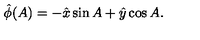
\hat { \phi } ( A ) = - \hat { x } \sin { A } + \hat { y } \cos { A } .